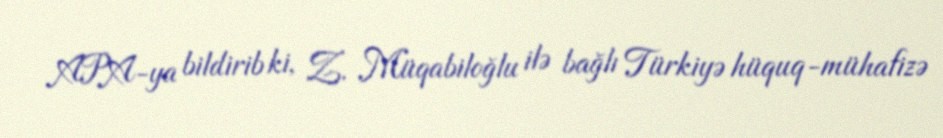
APA-ya bildirib ki, Z. Müqabiloğlu ilə bağlı Türkiyə hüquq-mühafizə